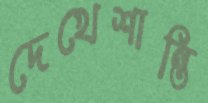
দেখেশান্তি